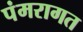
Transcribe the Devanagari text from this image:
पंमरागत